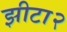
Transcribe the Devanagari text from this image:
झीटा२